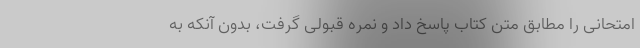
امتحانی را مطابق متن کتاب پاسخ داد و نمره قبولی گرفت، بدون آنکه به